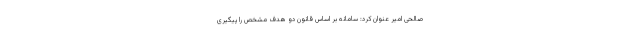
صالحی امیر عنوان کرد: سامانه بر اساس قانون دو هدف مشخص را پیگیری